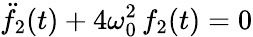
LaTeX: \ddot{f}_{2}(t)+4\omega_{0}^{2}\, f_{2}(t)=0